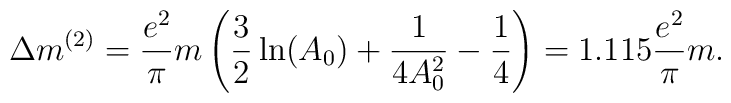
\Delta m^{(2)} = \frac{e^2}\pi m \left(\frac 32\ln(A_0)+\frac 1{4A_0^2}-\frac 14\right)=1.115\frac{e^2}\pi m.